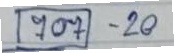
(707) - 20